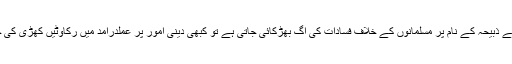
کبھی گائے ذبیحہ کے نام پر مسلمانوں کے خلاف فسادات کی آگ بھڑکائی جاتی ہے تو کبھی دینی امور پر عملدرآمد میں رکاوٹیں کھڑی کی جاتی ہیں۔